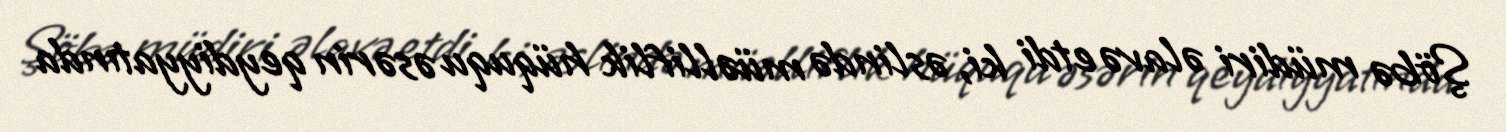
Şöbə müdiri əlavə etdi ki, əslində müəlliflik hüququ əsərin qeydiyyatında